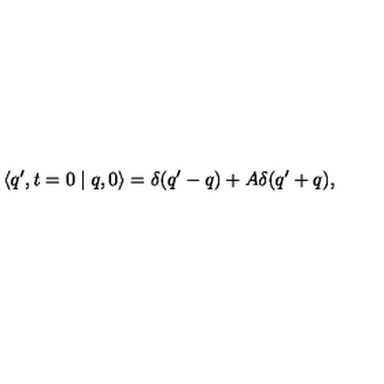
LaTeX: \langle q ^ { \prime } , t = 0 \mid q , 0 \rangle = \delta ( q ^ { \prime } - q ) + A \delta ( q ^ { \prime } + q ) ,